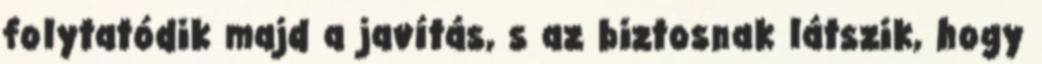
folytatódik majd a javítás, s az biztosnak látszik, hogy